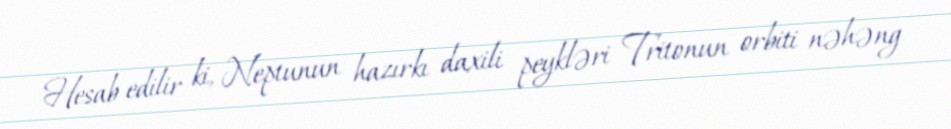
Hesab edilir ki, Neptunun hazırkı daxili peykləri Tritonun orbiti nəhəng